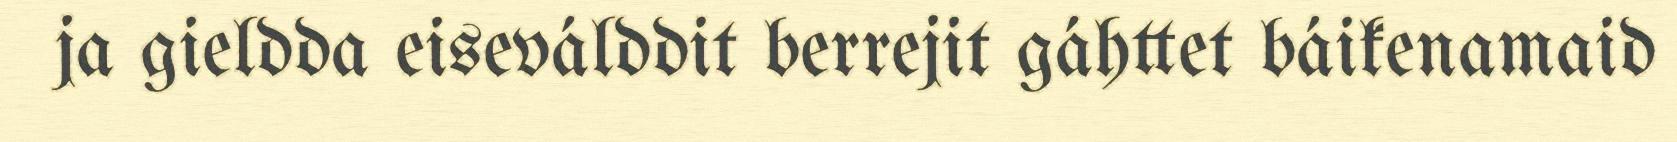
ja gieldda eiseválddit berrejit gáhttet báikenamaid